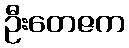
ဦးတေဇက